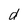
Character: d